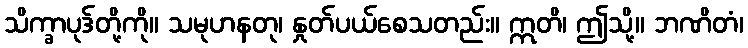
သိက္ခာပုဒ်တို့ကို။ သမုဟနတု၊ နှုတ်ပယ်စေသတည်း။ ဣတိ၊ ဤသို့။ ဘဏိတံ၊